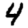
Digit: 4